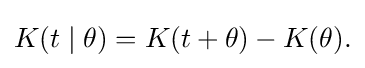
{\textstyle K(t\mid \theta )=K(t+\theta )-K(\theta ).}